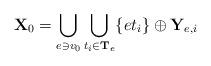
LaTeX: \begin{align*}\mathbf{X}_0 = \bigcup_{e \ni v_0} \bigcup_{t_i\in \mathbf{T}_e} \{e t_i\}\oplus \mathbf{Y}_{e,i}\end{align*}